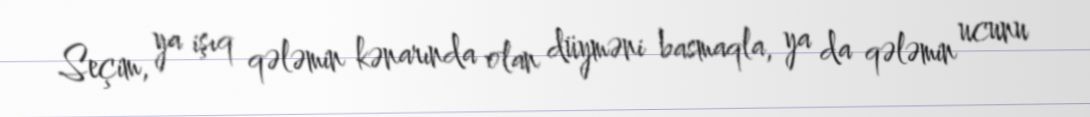
Seçim, ya işıq qələmin kənarında olan düyməni basmaqla, ya da qələmin ucunu